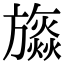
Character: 𣄡